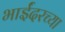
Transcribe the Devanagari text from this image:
भाईंदरच्या